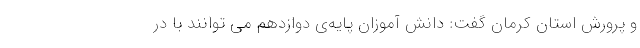
و پرورش استان کرمان گفت: دانش آموزان پایه‌ی دوازدهم می توانند با در